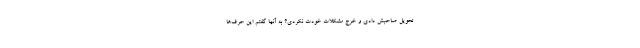
تحویل صاحبش دادی و خرج مشکلات خودت نکردی؟ به آنها گفتم این حرف‌ها